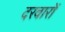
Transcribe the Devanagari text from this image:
दरवारों